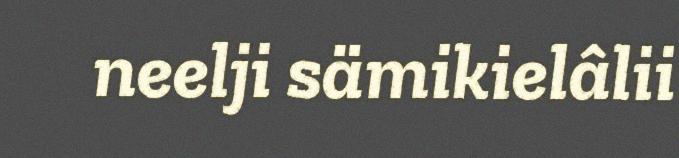
neelji sämikielâlii